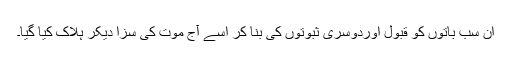
ان سب باتوں کو قبول اوردوسری ثبوتوں کی بنا کر اُسے آج موت کی سزا دیکر ہلاک کیا گیا۔